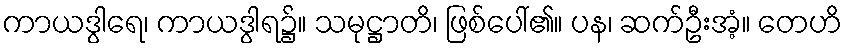
ကာယဒွါရေ၊ ကာယဒွါရ၌။ သမုဋ္ဌာတိ၊ ဖြစ်ပေါ်၏။ ပန၊ ဆက်ဦးအံ့။ တေဟိ